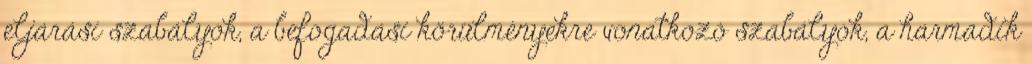
eljárási szabályok, a befogadási körülményekre vonatkozó szabályok, a harmadik